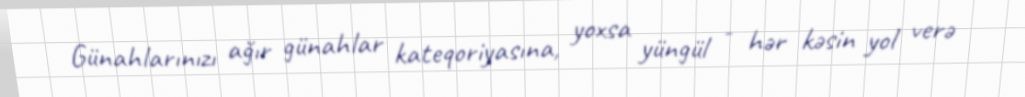
Günahlarınızı ağır günahlar kateqoriyasına, yoxsa yüngül - hər kəsin yol verə